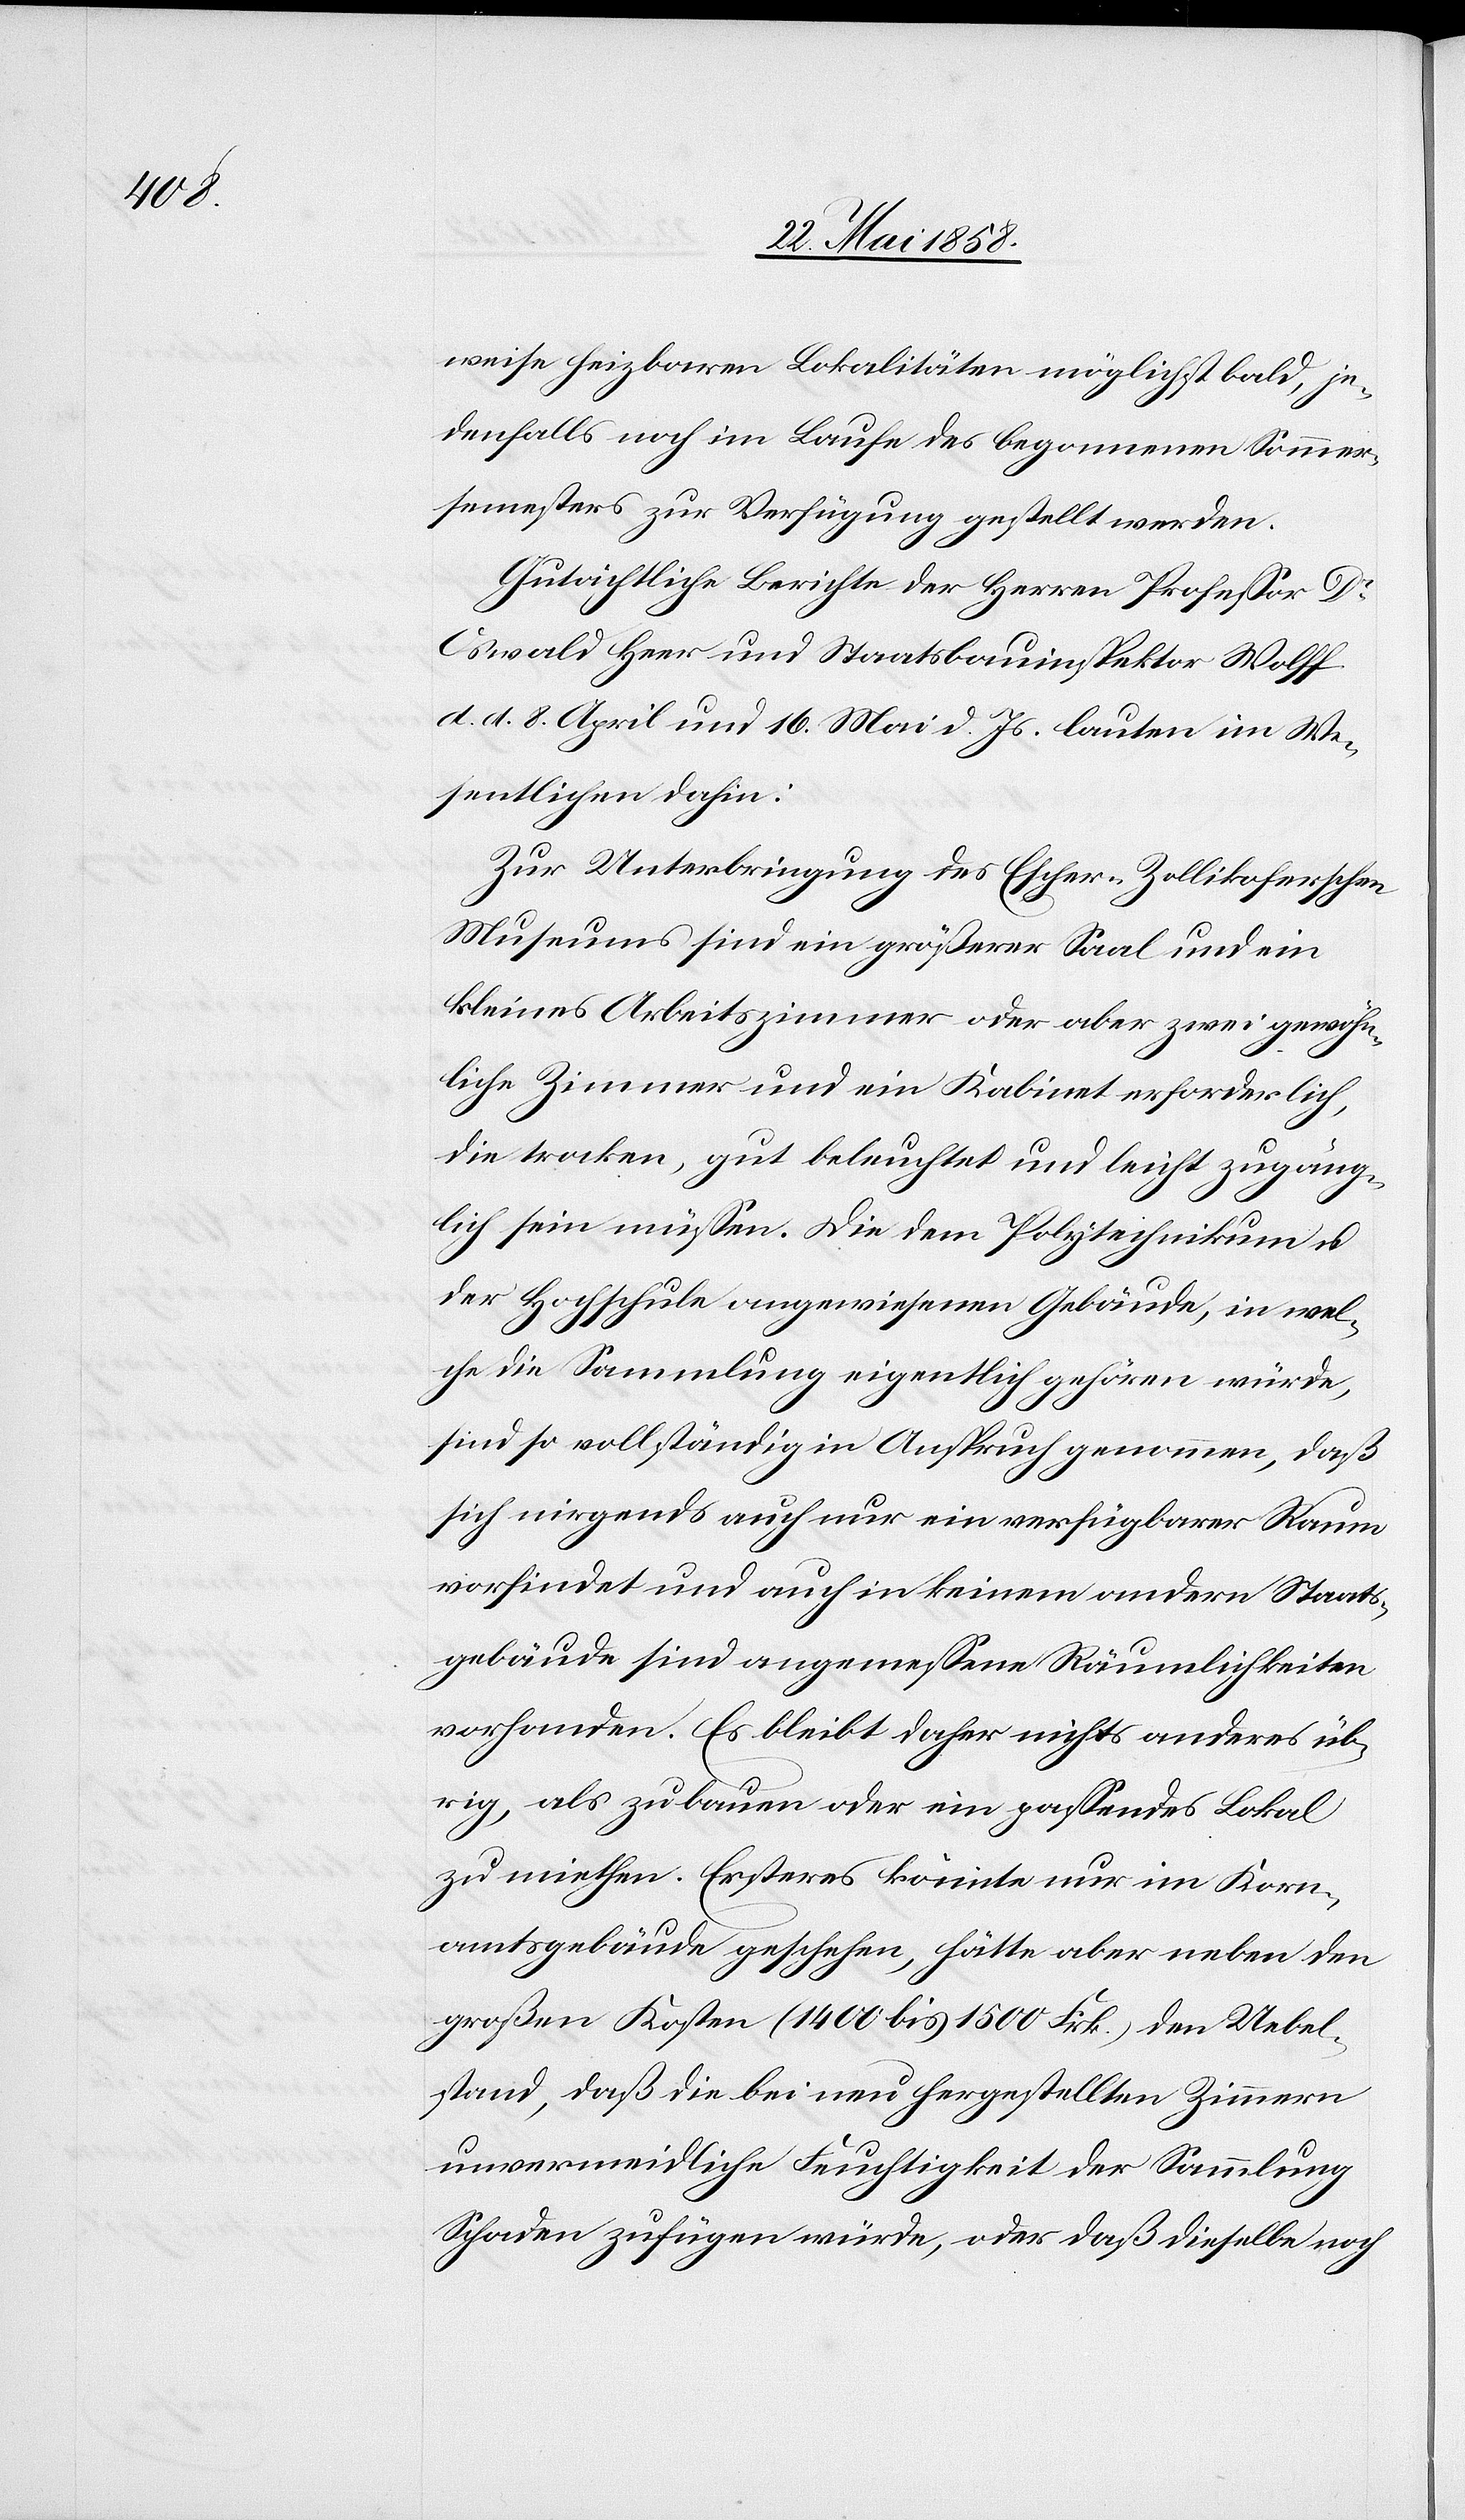
weise heizbaren Lokalitäten möglichst bald, je¬
denfalls noch im Laufe des begonnenen Sommer¬
semsters zur Verfügung gestellt werden.
Gutächtliche Berichte der Herren Professor Dr
Oswald Heer und Staatsbauinspektor Wolff
d. d. 8. April und 16. Mai d. Js. lauten im We¬
sentlichen dahin:
Zur Unterbringung des Escher-Zollikoferschen
Museums sind ein größerer Saal und ein
kleines Arbeitszimmer oder aber zwei gewöhn¬
liche Zimmer und ein Kabinet erforderlich,
die trocken, gut beleuchtet und leicht zugäng¬
lich sein müssen. Die dem Polytechnikum u.
der Hochschule angewiesenen Gebäude, in wel¬
che die Sammlung eigentlich gehören würde,
sind so vollständig in Anspruch genommen, daß
sich nirgends auch nur ein verfügbarer Raum
vorfindet und auch in keinem andern Staats¬
gebäude sind angemessene Räumlichkeiten
vorhanden. Es bleibt daher nichts anderes üb¬
rig, als zu bauen oder ein passendes Lokal
zu miethen. Ersteres könnte nur im Korn¬
amtsgebäude geschehen, hätte aber neben den
großen Kosten (1400 bis 1500 Frk.) den Uebel¬
stand, daß die bei neu hergestellten Zimmern
unvermeidliche Feuchtigkeit der Sammlung
Schaden zufügen würde, oder daß dieselbe noch